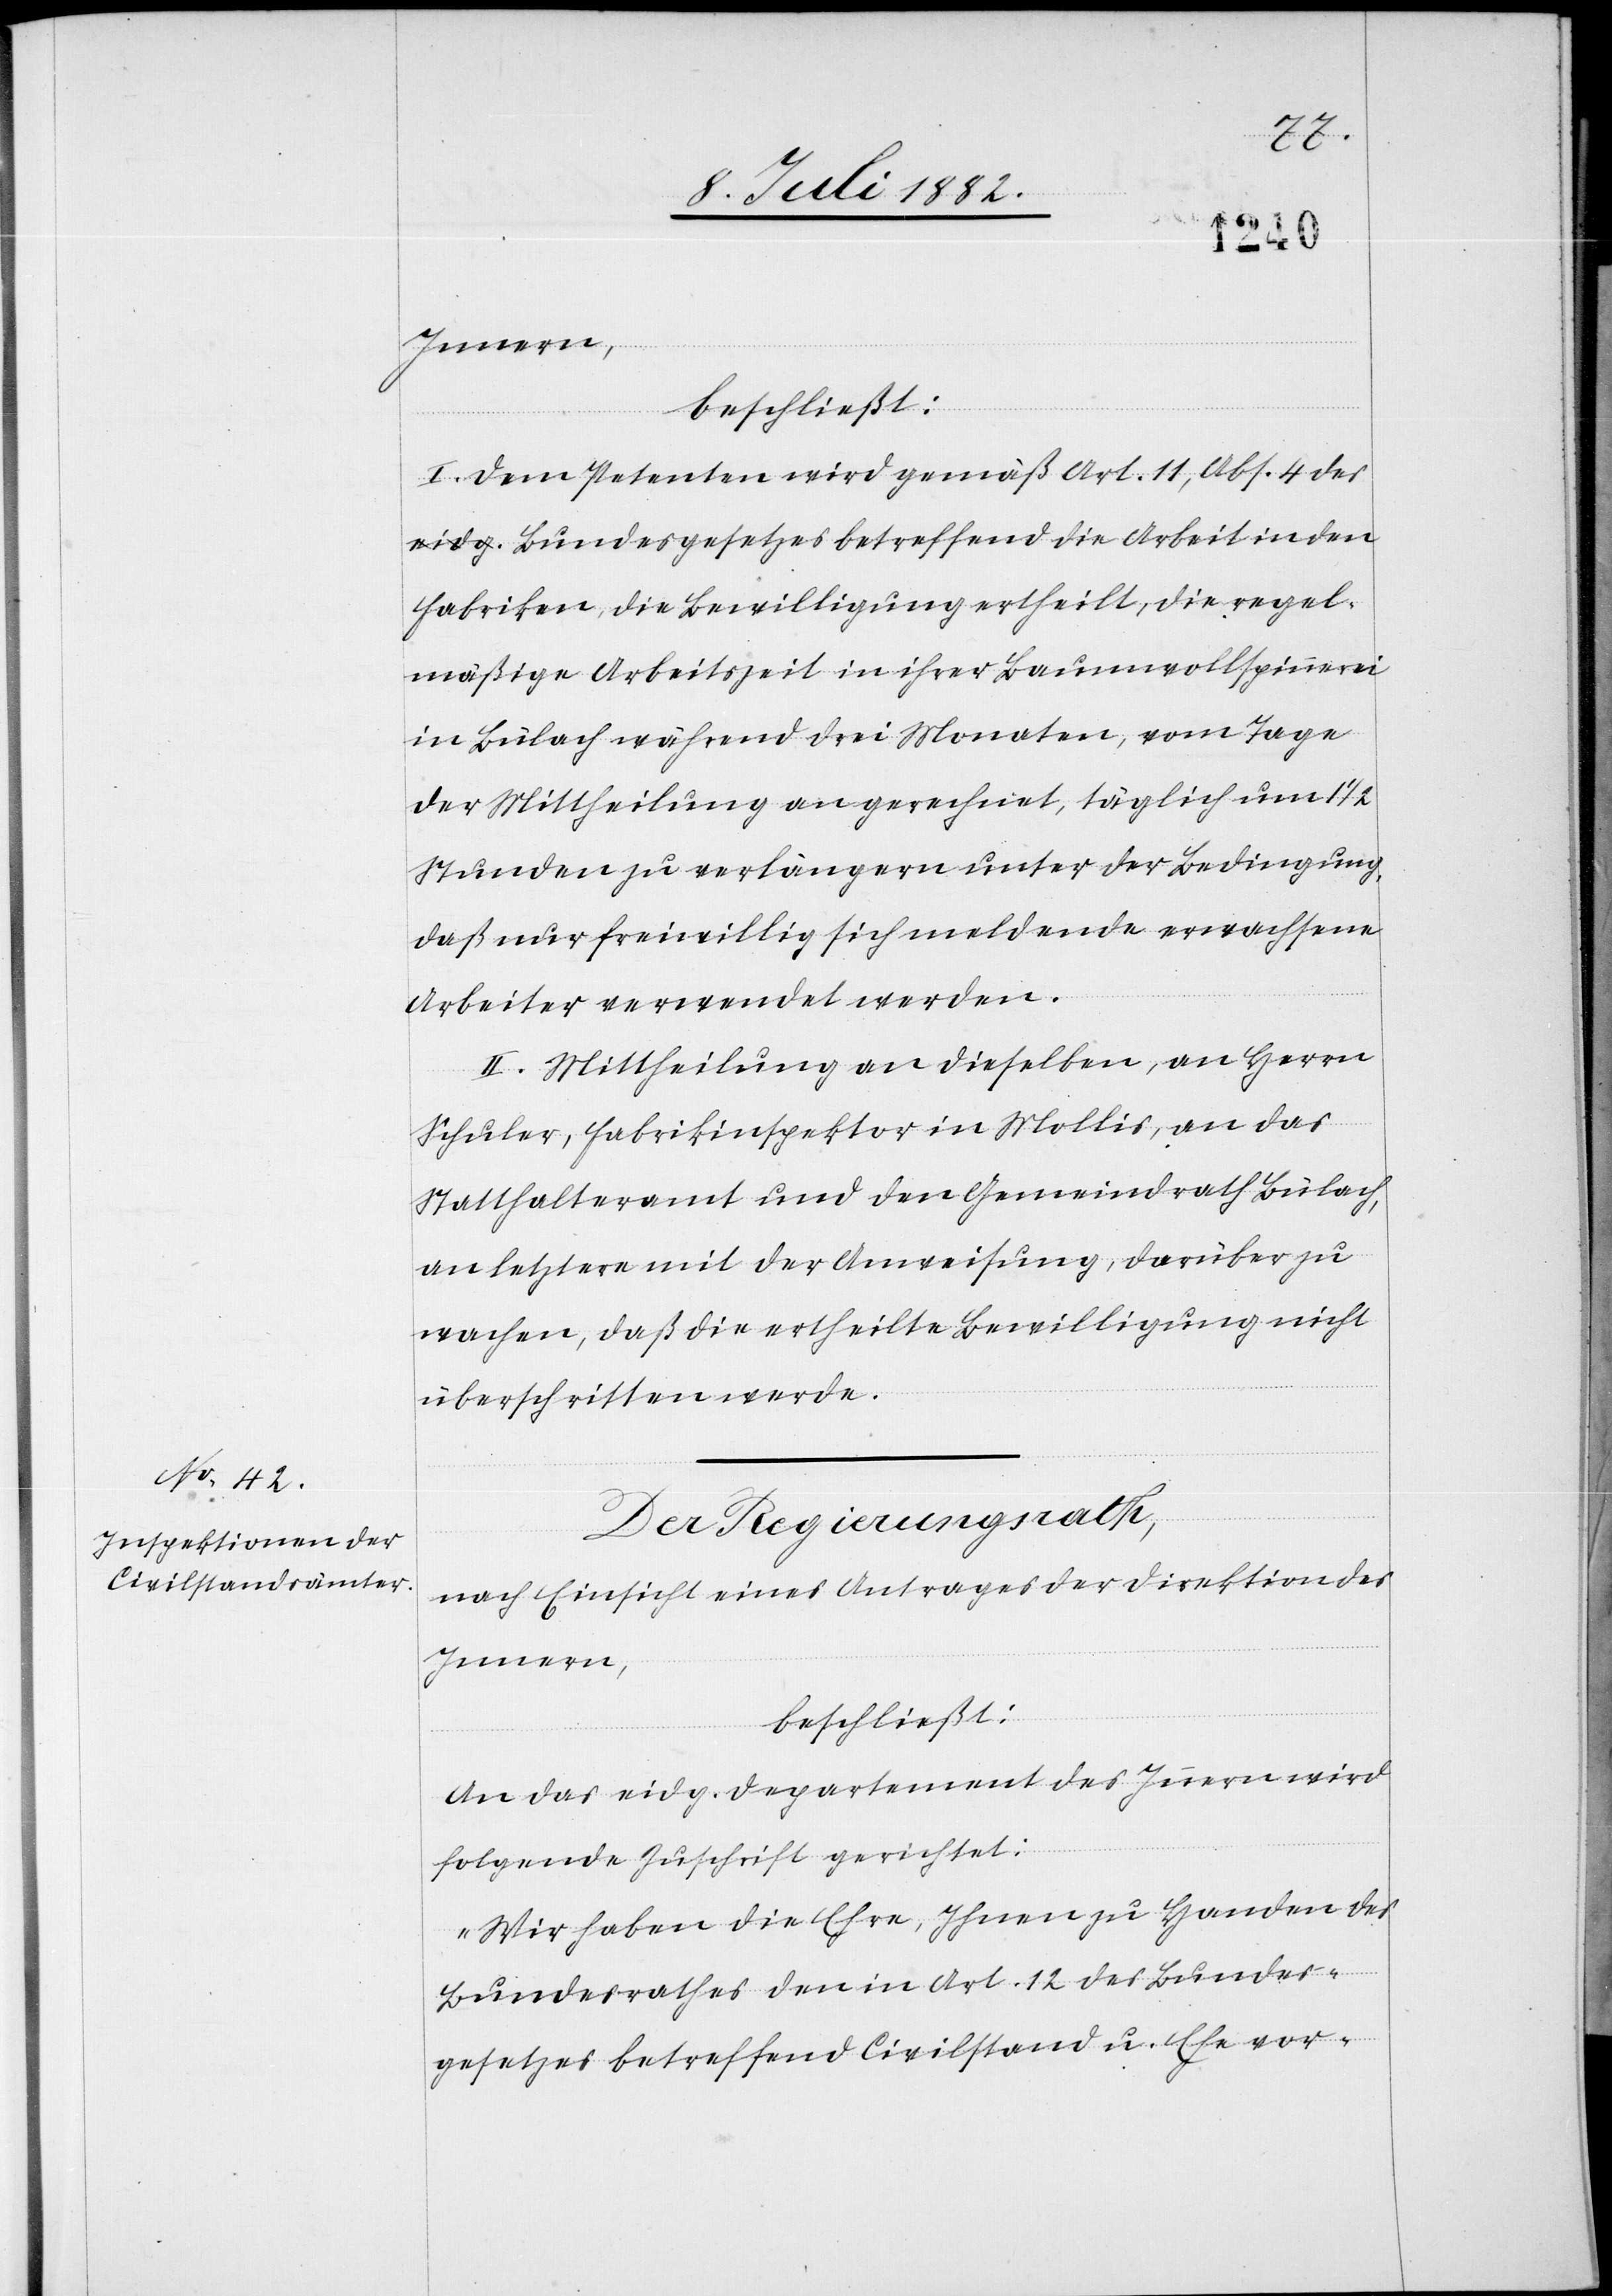
Innern,
beschließt:
I. Dem Petenten wird gemäß Art. 11, Abs. 4 de¬
s Bundesgesetzes betreffend die Arbeit in den
Fabriken, die Bewilligung ertheilt, die regel¬
mäßige Arbeitszeit in ihrer Baumwollspinnerei
in Bülach während drei Monaten, vom Tage
der Mittheilung an gerechnet, täglich um 1
Stunden zu verlängern unter der Bedingung,
daß nur freiwillig sich meldende erwachsene
Arbeiter verwendet werden.
II. Mittheilung an dieselben, an Herrn
Schuler, Fabrikinspektor in Mollis, an das
Statthalteramt und den Gemeindrath Bülach,
an letztere mit der Anweisung, darüber zu
wachen, daß die ertheilte Bewilligung nicht
überschritten werde.
Der Regierungsrath,
nach Einsicht eines Antrages der Direktion des
Innern,
beschließt:
An das eidg. Departement des Innern wird
folgende Zuschrift gerichtet:
„Wir haben die Ehre, Ihnen zu Handen des
Bundesrathes den in Art. 12 des Bundes¬
gesetzes betreffend Civilstand u. Ehe vor-